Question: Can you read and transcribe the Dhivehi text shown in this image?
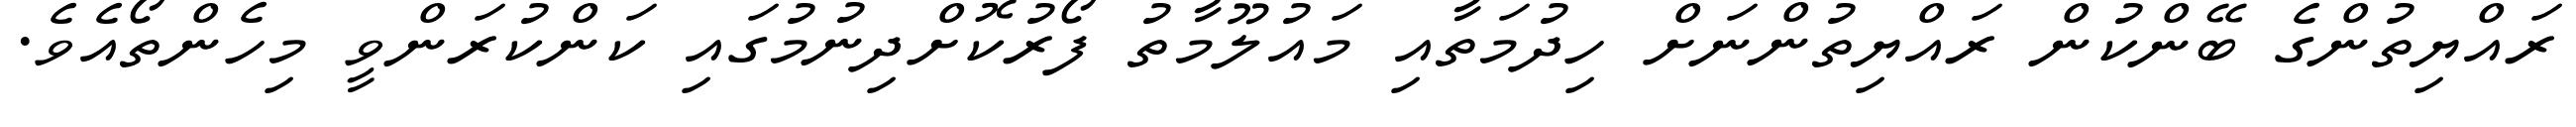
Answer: ރައްޔިތުންގެ ބޭންކުން ރައްޔިތުންނަށް ހިދުމަތާއި މައުލޫމާތު ފޯރުކޮށްދިނުމުގައި ކަންކުރަންވީ މިހެންތޯއެވެ.